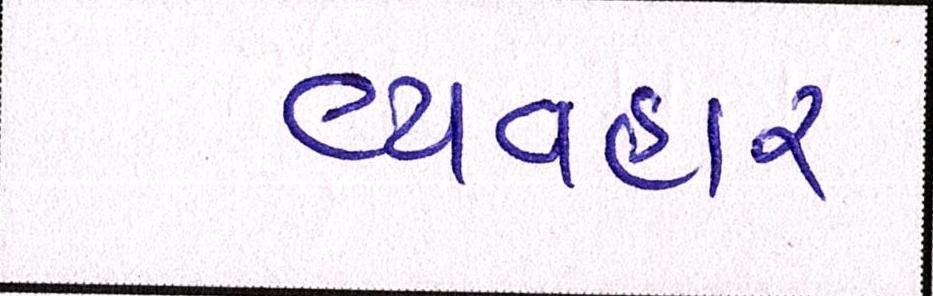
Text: વ્યવહાર